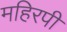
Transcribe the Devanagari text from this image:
महिरपी